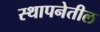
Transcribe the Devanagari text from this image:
स्थापनेतील